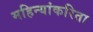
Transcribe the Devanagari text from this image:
महिन्यांकरिता